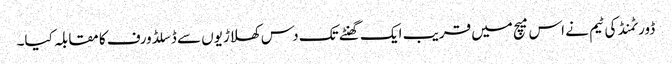
ڈورٹمنڈ کی ٹیم نے اس میچ میں قریب ایک گھنٹے تک دس کھلاڑیوں سے ڈسلڈورف کا مقابلہ کیا۔